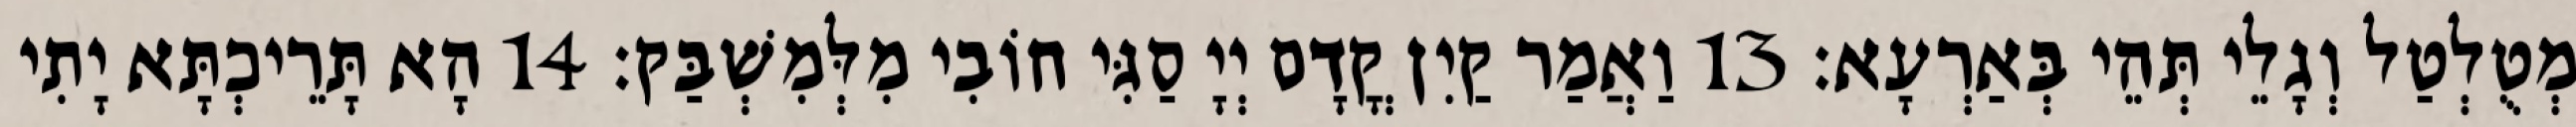
מְטֻלְטַל וְגָלֵי תְּהֵי בְּאַרְעָא׃ 13 וַאֲמַר קַיִן קֳדָם יְיָ סַגִּי חוֹבִי מִלְּמִשְׁבַּק׃ 14 הָא תָּרֵיכְתָּא יָתִי